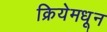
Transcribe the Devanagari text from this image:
क्रियेमधून